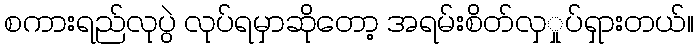
စကားရည်လုပွဲ လုပ်ရမှာဆိုတော့ အရမ်းစိတ်လှှုပ်ရှားတယ်။